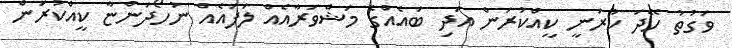
ވަގުތު ހޭދަ ކުރަނީ ކީއްކުރަން އަދި ބައެއްގެ މަޝްވަރާއެއް ލަފައެއް ނުހޯދަންޏާ ކީއްކުރަން